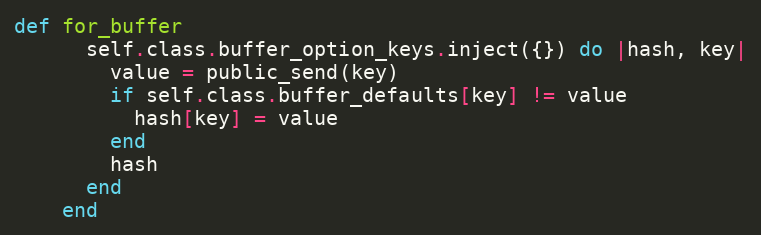
Language: Ruby
def for_buffer
      self.class.buffer_option_keys.inject({}) do |hash, key|
        value = public_send(key)
        if self.class.buffer_defaults[key] != value
          hash[key] = value
        end
        hash
      end
    end